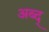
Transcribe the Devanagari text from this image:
अब्द्